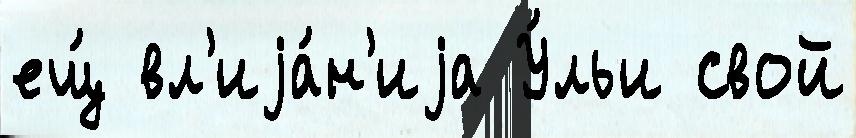
ещ́ вл'иjа́н'иjа У́льи свой